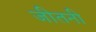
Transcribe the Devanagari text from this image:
जीतनी